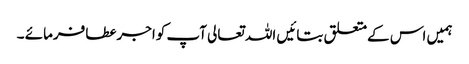
ہمیں اس کےمتعلق بتائیں اللہ تعالی آپ کواجرعطافرمائے ۔